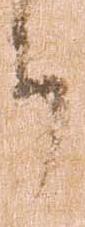
件